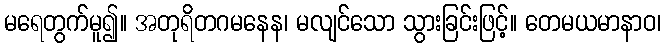
မရေတွက်မူ၍။ အတုရိတဂမနေန၊ မလျင်သော သွားခြင်းဖြင့်။ တေမယမာနာဝ၊